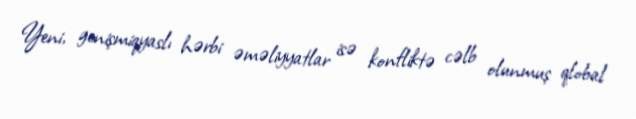
Yeni, genişmiqyaslı hərbi əməliyyatlar isə konfliktə cəlb olunmuş qlobal